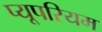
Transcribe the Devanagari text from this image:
प्यूपरियम